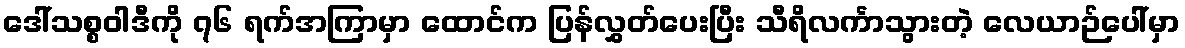
ဒေါ်သစ္စဝါဒီကို ၇၆ ရက်အကြာမှာ ထောင်က ပြန်လွှတ်ပေးပြီး သီရိလင်္ကာသွားတဲ့ လေယာဉ်ပေါ်မှာ